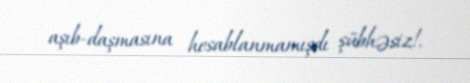
aşıb-daşmasına hesablanmamışdı şübhəsiz!.